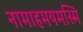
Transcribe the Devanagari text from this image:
नामाहमयमस्मि